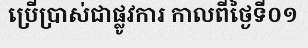
ប្រើប្រាស់ជាផ្លូវការ កាលពីថ្ងៃទី០១